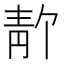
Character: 𫕸